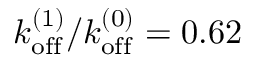
k _ { \mathrm { o f f } } ^ { ( 1 ) } / k _ { \mathrm { o f f } } ^ { ( 0 ) } = 0 . 6 2